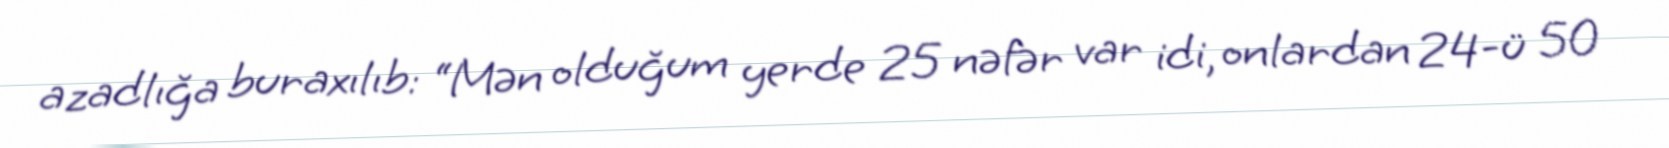
azadlığa buraxılıb: “Mən olduğum yerde 25 nəfər var idi, onlardan 24-ü 50